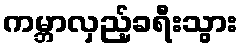
ကမ္ဘာလှည့်ခရီးသွား